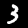
Label: 3